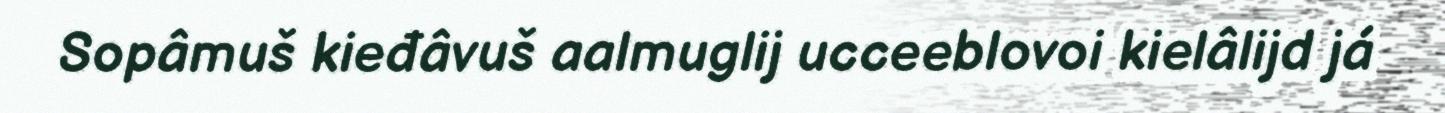
Sopâmuš kieđâvuš aalmuglij ucceeblovoi kielâlijd já